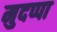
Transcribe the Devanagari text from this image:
मुदप्पा